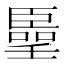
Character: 𠿦